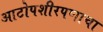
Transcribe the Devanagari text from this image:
आटोपशीरपणाचा